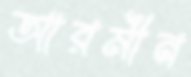
আরমীন